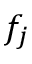
f _ { j }